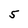
Character: 5